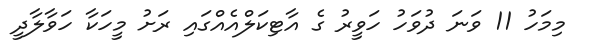
މިމަހު 11 ވަނަ ދުވަހު ހަވީރު ގެ އާޓިކަލްއެއްގައި ރަށު މީހަކާ ހަވާލާދީ